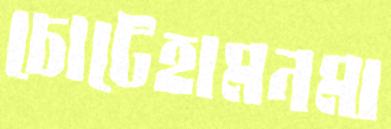
চোটেহামনমা